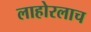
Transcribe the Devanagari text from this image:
लाहोरलाच